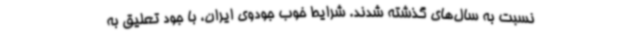
نسبت به سال‌های گذشته شدند. شرایط خوب جودوی ایران، با جود تعلیق به